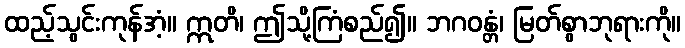
ထည့်သွင်းကုန်အံ့။ ဣတိ၊ ဤသို့ကြံစည်၍။ ဘဂဝန္တံ၊ မြတ်စွာဘုရားကို။